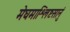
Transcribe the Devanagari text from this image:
मेघमाश्लिष्टसानुं